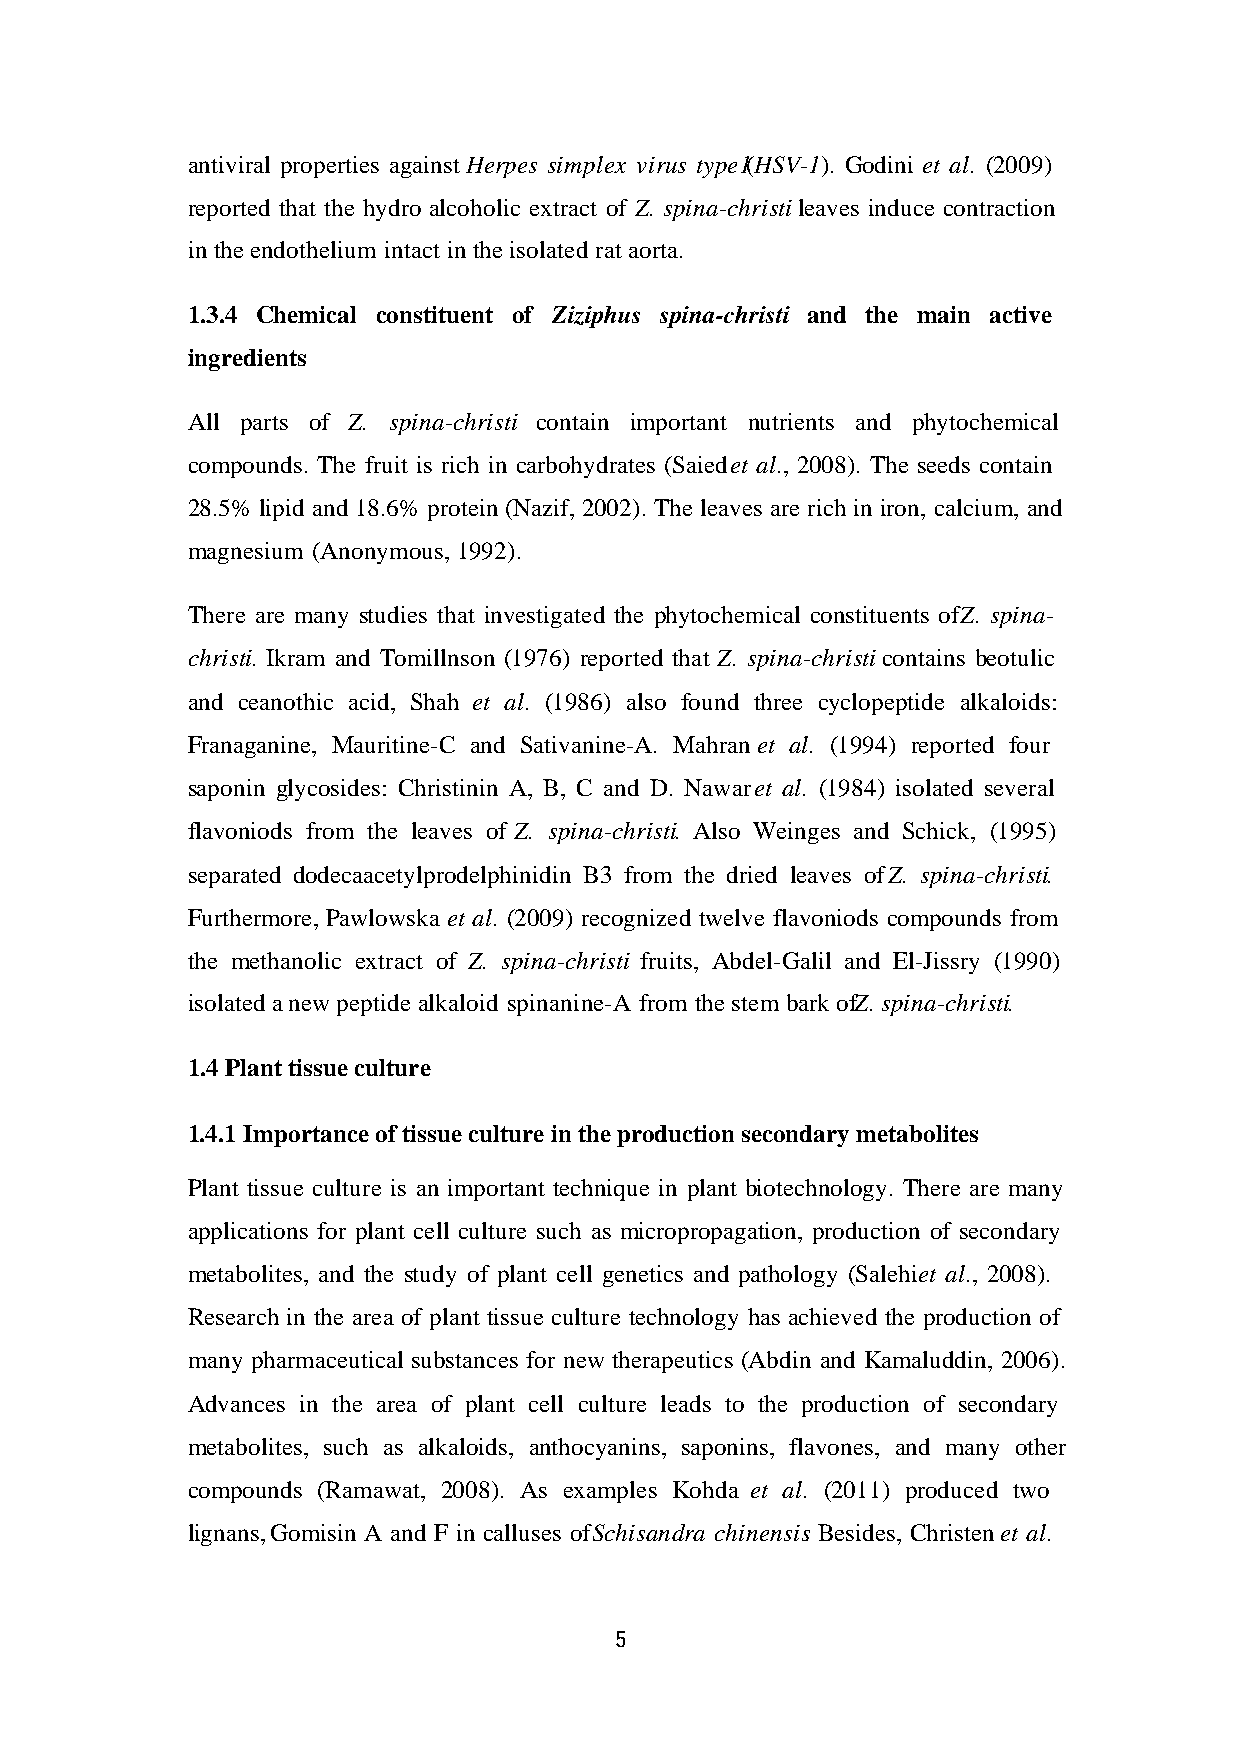
antiviral properties against Herpes simplex virus type1 (HSV-1). Godini et al. (2009)
 reported that the hydro alcoholic extract of Z. spina-christi leaves induce contraction
 in the endothelium intact in the isolated rat aorta.
 1.3.4 Chemical constituent of Ziziphus spina-christi and the main active
 ingredients
 All parts of Z. spina-christi contain important nutrients and phytochemical
 compounds. The fruit is rich in carbohydrates (Saied et al., 2008). The seeds contain
 28.5% lipid and 18.6% protein (Nazif, 2002). The leaves are rich in iron, calcium, and
 magnesium (Anonymous, 1992).
 There are many studies that investigated the phytochemical constituents of Z. spina-
 christi. Ikram and Tomillnson (1976) reported that Z. spina-christi contains beotulic
 and ceanothic acid, Shah et al. (1986) also found three cyclopeptide alkaloids:
 Franaganine, Mauritine-C and Sativanine-A. Mahran et al. (1994) reported four
 saponin glycosides: Christinin A, B, C and D. Nawar et al. (1984) isolated several
 flavoniods from the leaves of Z. spina-christi . Also Weinges and Schick, (1995)
 separated dodecaacetylprodelphinidin B3 from the dried leaves of Z. spina-christi.
 Furthermore, Pawlowska et al. (2009) recognized twelve flavoniods compounds from
 the methanolic extract of Z. spina-christi fruits, Abdel-Galil and El-Jissry (1990)
 isolated a new peptide alkaloid spinanine-A from the stem bark of Z. spina-christi.
 1.4 Plant tissue culture
 1.4.1 Importance of tissue culture in the production secondary metabolites
 Plant tissue culture is an important technique in plant biotechnology. There are many
 applications for plant cell culture such as micropropagation, production of secondary
 metabolites, and the study of plant cell genetics and pathology (Salehi et al., 2008).
 Research in the area of plant tissue culture technology has achieved the production of
 many pharmaceutical substances for new therapeutics (Abdin and Kamaluddin, 2006).
 Advances in the area of plant cell culture leads to the production of secondary
 metabolites, such as alkaloids, anthocyanins, saponins, flavones, and many other
 compounds (Ramawat, 2008). As examples Kohda et al. (2011) produced two
 lignans, Gomisin A and F in calluses of Schisandra chinensis. Besides, Christen et al.
 5